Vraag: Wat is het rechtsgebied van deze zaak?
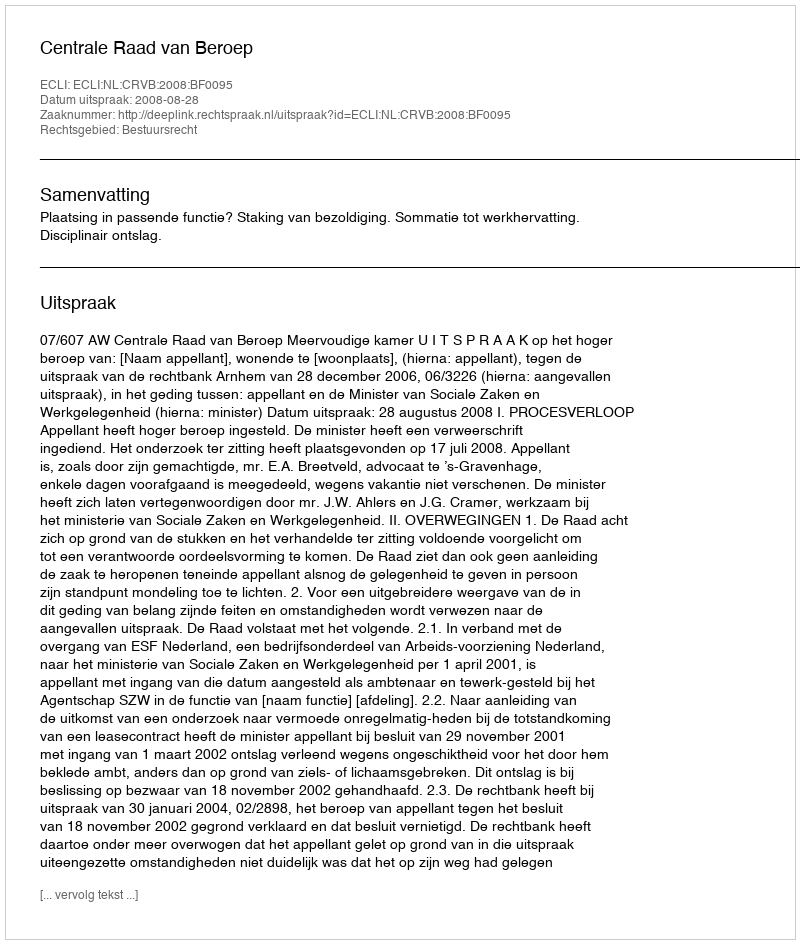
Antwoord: Bestuursrecht